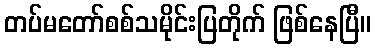
တပ်မတော်စစ်သမိုင်းပြတိုက် ဖြစ်နေပြီ။